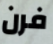
فرن